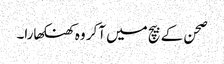
صحن کے بیچ میں آکر وہ کھنکھارا۔